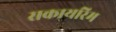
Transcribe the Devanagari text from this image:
सकायरिम